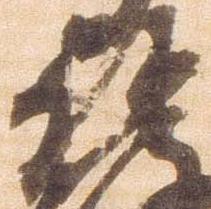
頭